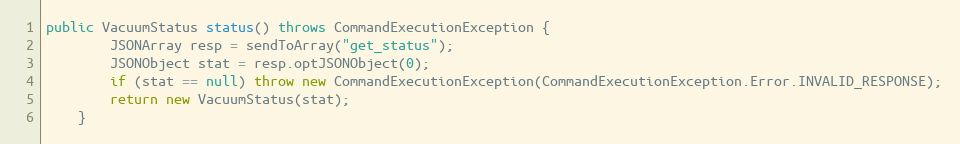
Language: Java
public VacuumStatus status() throws CommandExecutionException {
        JSONArray resp = sendToArray("get_status");
        JSONObject stat = resp.optJSONObject(0);
        if (stat == null) throw new CommandExecutionException(CommandExecutionException.Error.INVALID_RESPONSE);
        return new VacuumStatus(stat);
    }